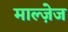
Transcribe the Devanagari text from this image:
माल्ज़ेज